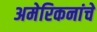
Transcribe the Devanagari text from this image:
अमेरिकनांचे